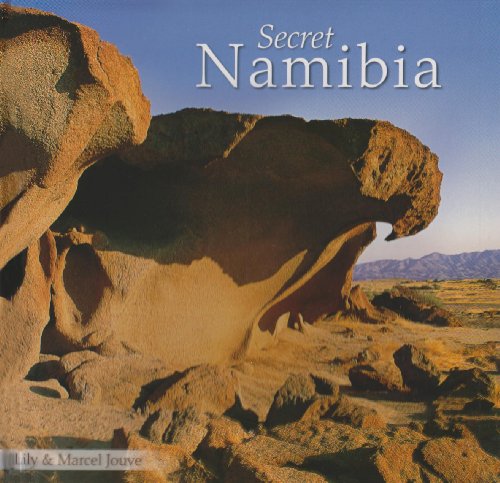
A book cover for Secret Namibia; Lily Jouve; Travel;